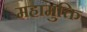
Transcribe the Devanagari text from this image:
महामुक्ति